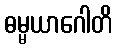
ဓမ္မယာဂေါတိ